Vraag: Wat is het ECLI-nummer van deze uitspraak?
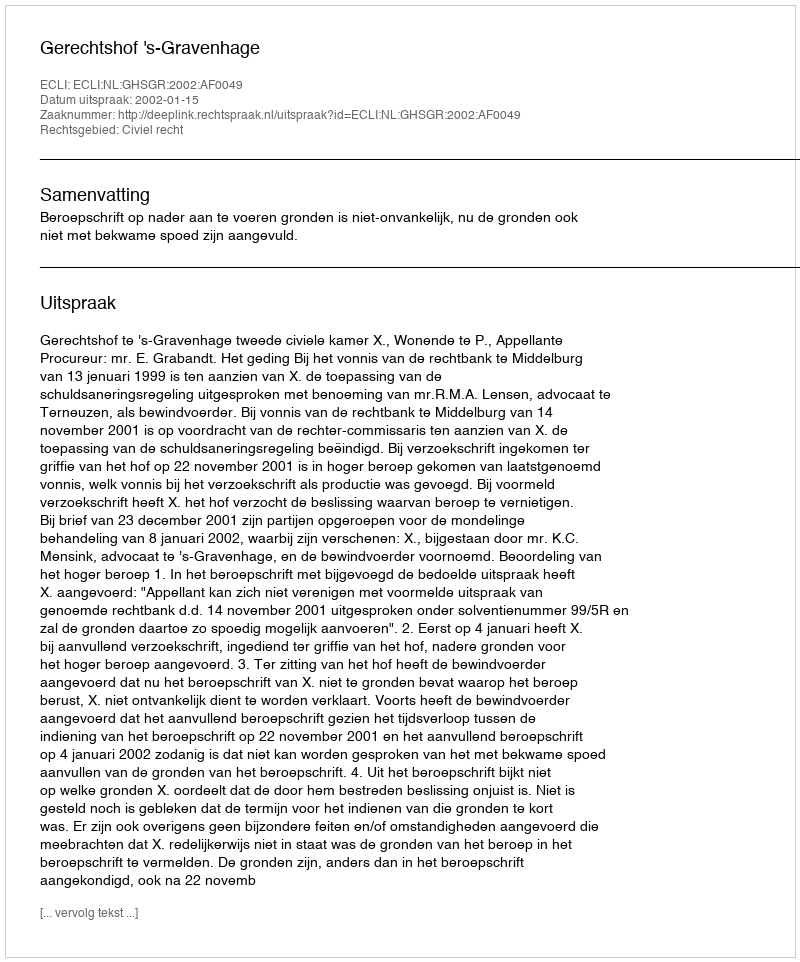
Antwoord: ECLI:NL:GHSGR:2002:AF0049